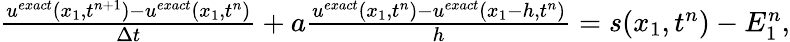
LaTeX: \begin{array}{r}{\frac{u^{exact}(x_{1},t^{n+1})-u^{exact}(x_{1},t^{n})}{\Delta t}+a\frac{u^{exact}(x_{1},t^{n})-u^{exact}(x_{1}-h,t^{n})}{h}=s(x_{1},t^{n})-{E}_{1}^{n},}\end{array}